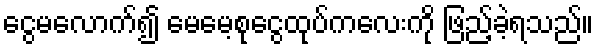
ငွေမလောက်၍ မေမေ့စုငွေထုပ်ကလေးကို ဖြည့်ခဲ့ရသည်။